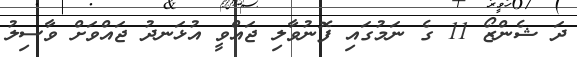
ދަ ޝެންޒޯ 11 ގެ ނަމުގައި ފޮނުވާލި ޖައްވީ އުޅަނދު ޖައްވަށް ވާސިލު